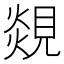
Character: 覢